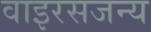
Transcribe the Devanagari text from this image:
वाइरसजन्य